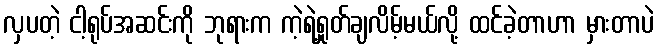
လှပတဲ့ ငါ့ရုပ်အဆင်းကို ဘုရားက ကဲ့ရဲ့ရှုတ်ချလိမ့်မယ်လို့ ထင်ခဲ့တာဟာ မှားတာပဲ